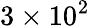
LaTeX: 3\times 10^{2}